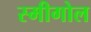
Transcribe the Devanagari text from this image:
स्मीगोल